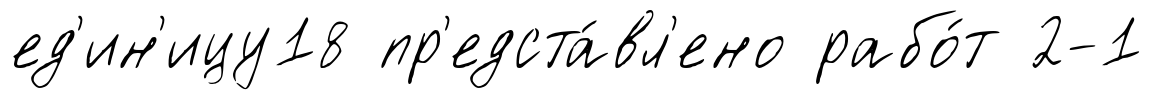
ед'ин'ицу18 пр'едста́вл'ено рабо́т 2-1